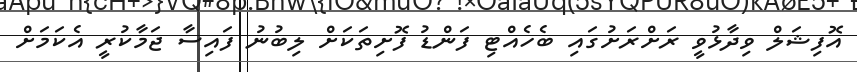
އޮފިޝަލް ވިދާޅުވީ ރަށްރަށުގައި ބެހެއްޓި ފަންޑު ފޮށިތަކަށް ލިބުނު ފައިސާ ޖަމާކުރީ އެކަމަށް